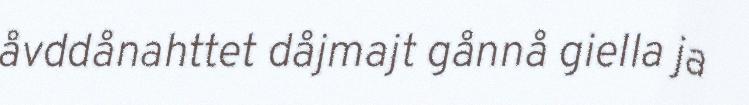
åvddånahttet dåjmajt gånnå giella ja